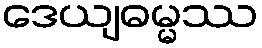
ဒေယျဓမ္မဿ